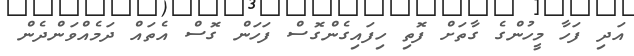
އަދި ފަހާ މީހުންގެ ގާތަށް ފޮތި ހިފައިގެންގޮސް ފަހަން ގޮސް އެތައް ދަމެއްވަންދެން